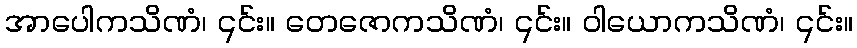
အာပေါကသိဏံ၊ ၎င်း။ တေဇောကသိဏံ၊ ၎င်း။ ဝါယောကသိဏံ၊ ၎င်း။